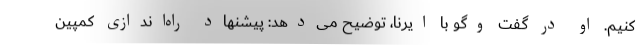
کنیم. او در گفت وگو با ایرنا، توضیح می‌دهد: پیشنهاد راه‌اندازی کمپین